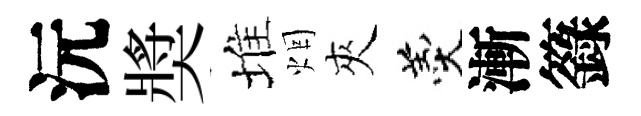
沅奬堆烟夾羹漸籙